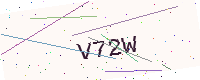
Text: V72W